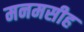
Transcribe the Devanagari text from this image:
मनमसीह